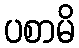
ပစာမိ